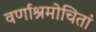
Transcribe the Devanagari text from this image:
वर्णाश्रमोचितां